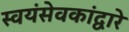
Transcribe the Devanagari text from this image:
स्वयंसेवकांद्वारे